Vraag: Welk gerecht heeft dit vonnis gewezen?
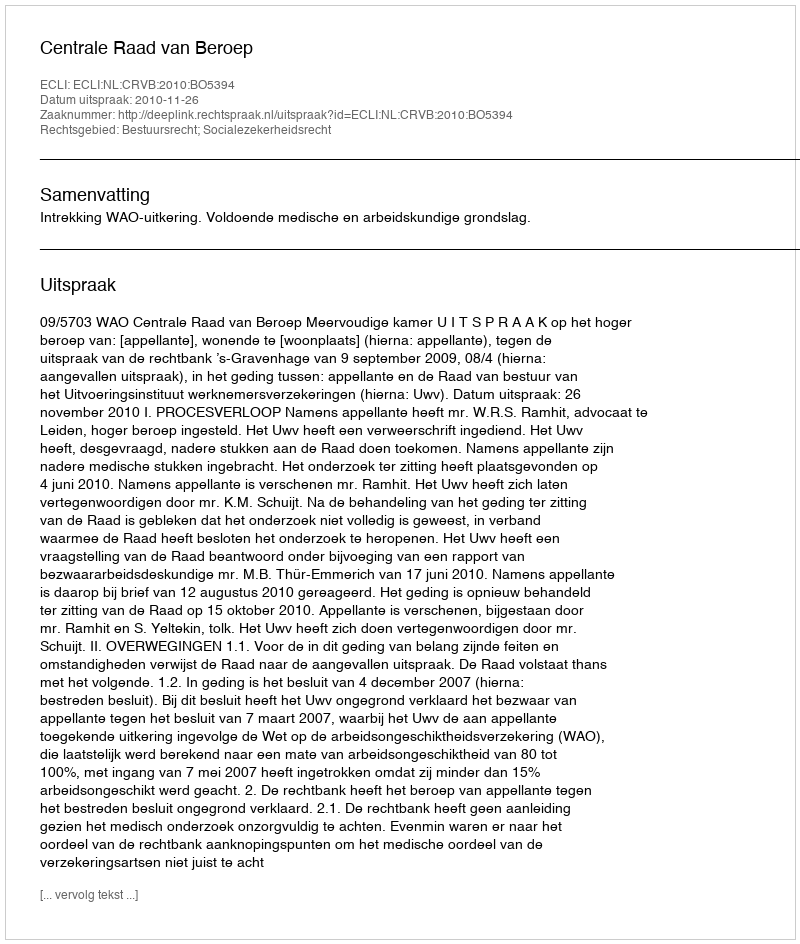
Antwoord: Centrale Raad van Beroep